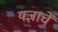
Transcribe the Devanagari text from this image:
यज्ञाचें